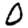
Digit: 0